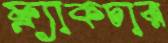
ফ্র্যাকচার